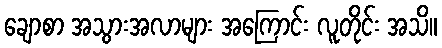
ချောစာ အသွားအလာများ အကြောင်း လူတိုင်း အသိ။